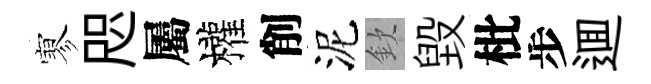
寥咫屬權削泥欽毁枇步逥